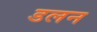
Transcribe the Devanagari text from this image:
डलन